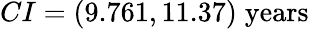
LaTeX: CI=(9.761,11.37)\; \textrm{years}